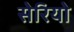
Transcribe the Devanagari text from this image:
सेरियो